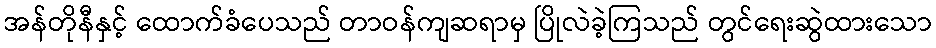
အန်တိုနီနှင့် ထောက်ခံပေသည် တာဝန်ကျဆရာမှ ပြိုလဲခဲ့ကြသည် တွင်ရေးဆွဲထားသော